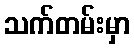
သက်တမ်းမှာ